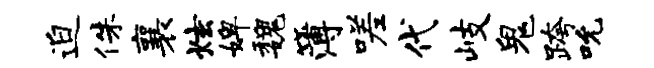
迫侏襄炫婢魏簿嗟代岐鬼跨吮